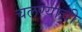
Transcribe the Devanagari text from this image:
चलण्याची